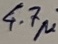
Text: 4.7µ